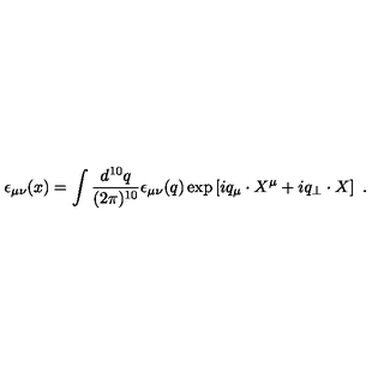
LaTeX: \epsilon _ { \mu \nu } ( x ) = \int \frac { d ^ { 1 0 } q } { ( 2 \pi ) ^ { 1 0 } } \epsilon _ { \mu \nu } ( q ) \exp \left[ i q _ { \mu } \cdot X ^ { \mu } + i q _ { \perp } \cdot X \right] \ .